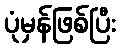
ပုံမှန်ဖြစ်ပြီး